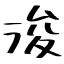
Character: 浚